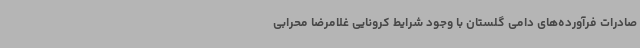
صادرات فرآورده‌های دامی گلستان با وجود شرایط کرونایی غلامرضا محرابی